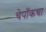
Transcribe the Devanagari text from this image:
चेपॉकचा